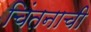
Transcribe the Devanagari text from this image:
चिंतनाची